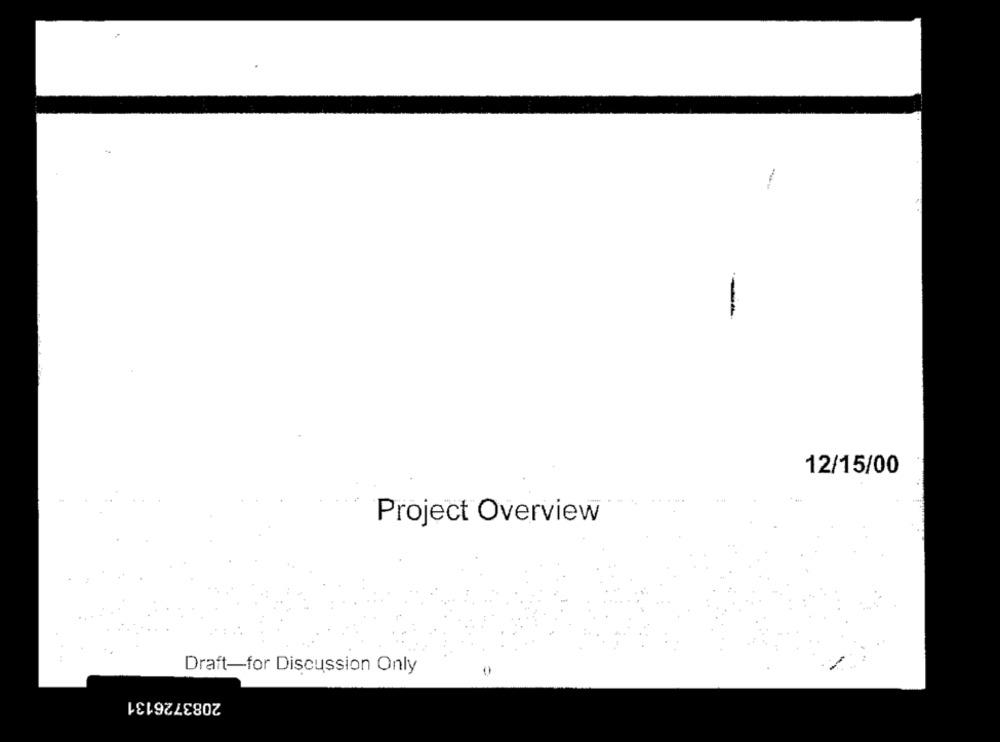
-
12/15/00
Project Overview
Draft-for Discussion Only
0
2083726131